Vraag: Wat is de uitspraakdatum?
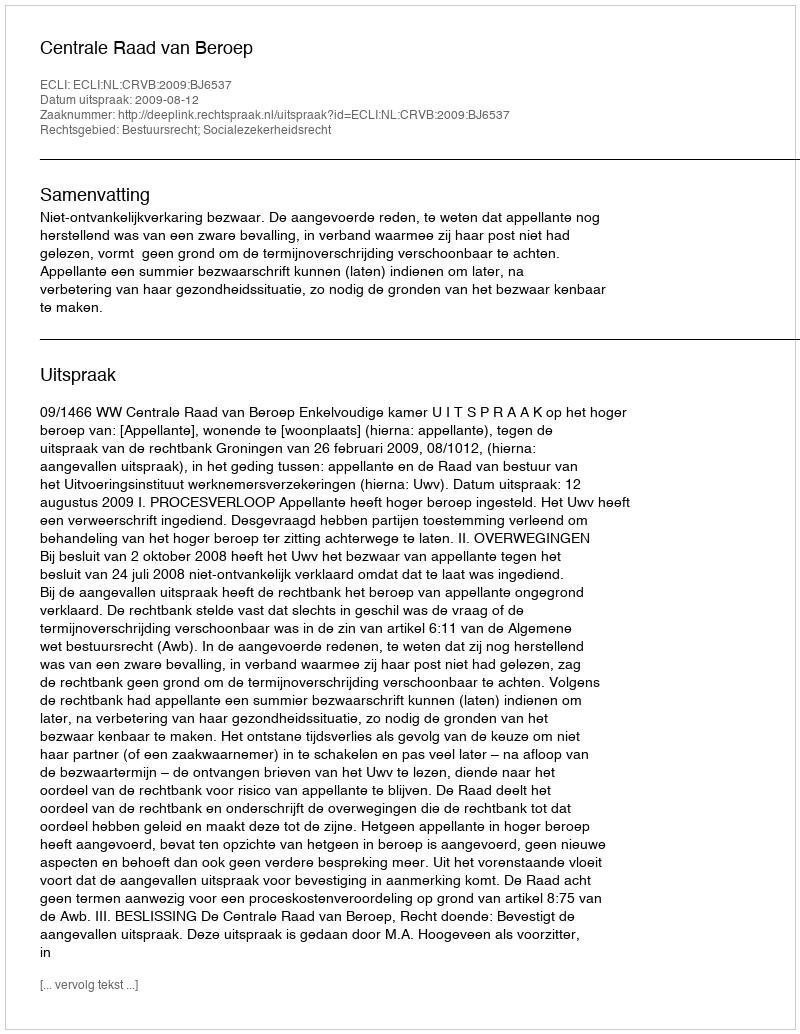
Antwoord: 2009-08-12